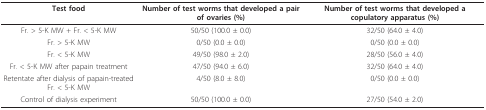
<table><thead><tr><td><b>Test food</b></td><td><b>Number of test worms that developed a pair of ovaries (%)</b></td><td><b>Number of test worms that developed a copulatory apparatus (%)</b></td></tr></thead><tbody><tr><td>Fr. &gt; 5-K MW + Fr. &lt; 5-K MW</td><td>50/50 (100.0 ± 0.0)</td><td>32/50 (64.0 ± 4.0)</td></tr><tr><td>Fr. &gt; 5-K MW</td><td>0/50 (0.0 ± 0.0)</td><td>0/50 (0.0 ± 0.0)</td></tr><tr><td>Fr. &lt; 5-K MW</td><td>49/50 (98.0 ± 2.0)</td><td>28/50 (56.0 ± 4.0)</td></tr><tr><td>Fr. &lt; 5-K MW after papain treatment</td><td>47/50 (94.0 ± 6.0)</td><td>32/50 (64.0 ± 4.0)</td></tr><tr><td>Retentate after dialysis of papain-treated Fr. &lt; 5-K MW</td><td>4/50 (8.0 ± 8.0)</td><td>0/50 (0.0 ± 0.0)</td></tr><tr><td>Control of dialysis experiment</td><td>50/50 (100.0 ± 0.0)</td><td>27/50 (54.0 ± 2.0)</td></tr></tbody></table>